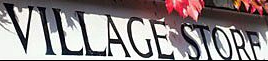
VILLAGE STORE